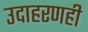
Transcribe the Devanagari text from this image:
उदाहरणही